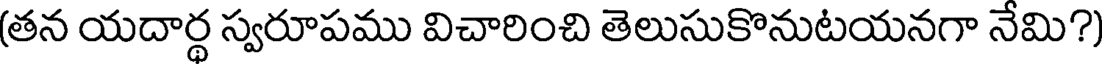
(తన యదార్థ స్వరూపము విచారించి తెలుసుకొనుటయనగా నేమి?